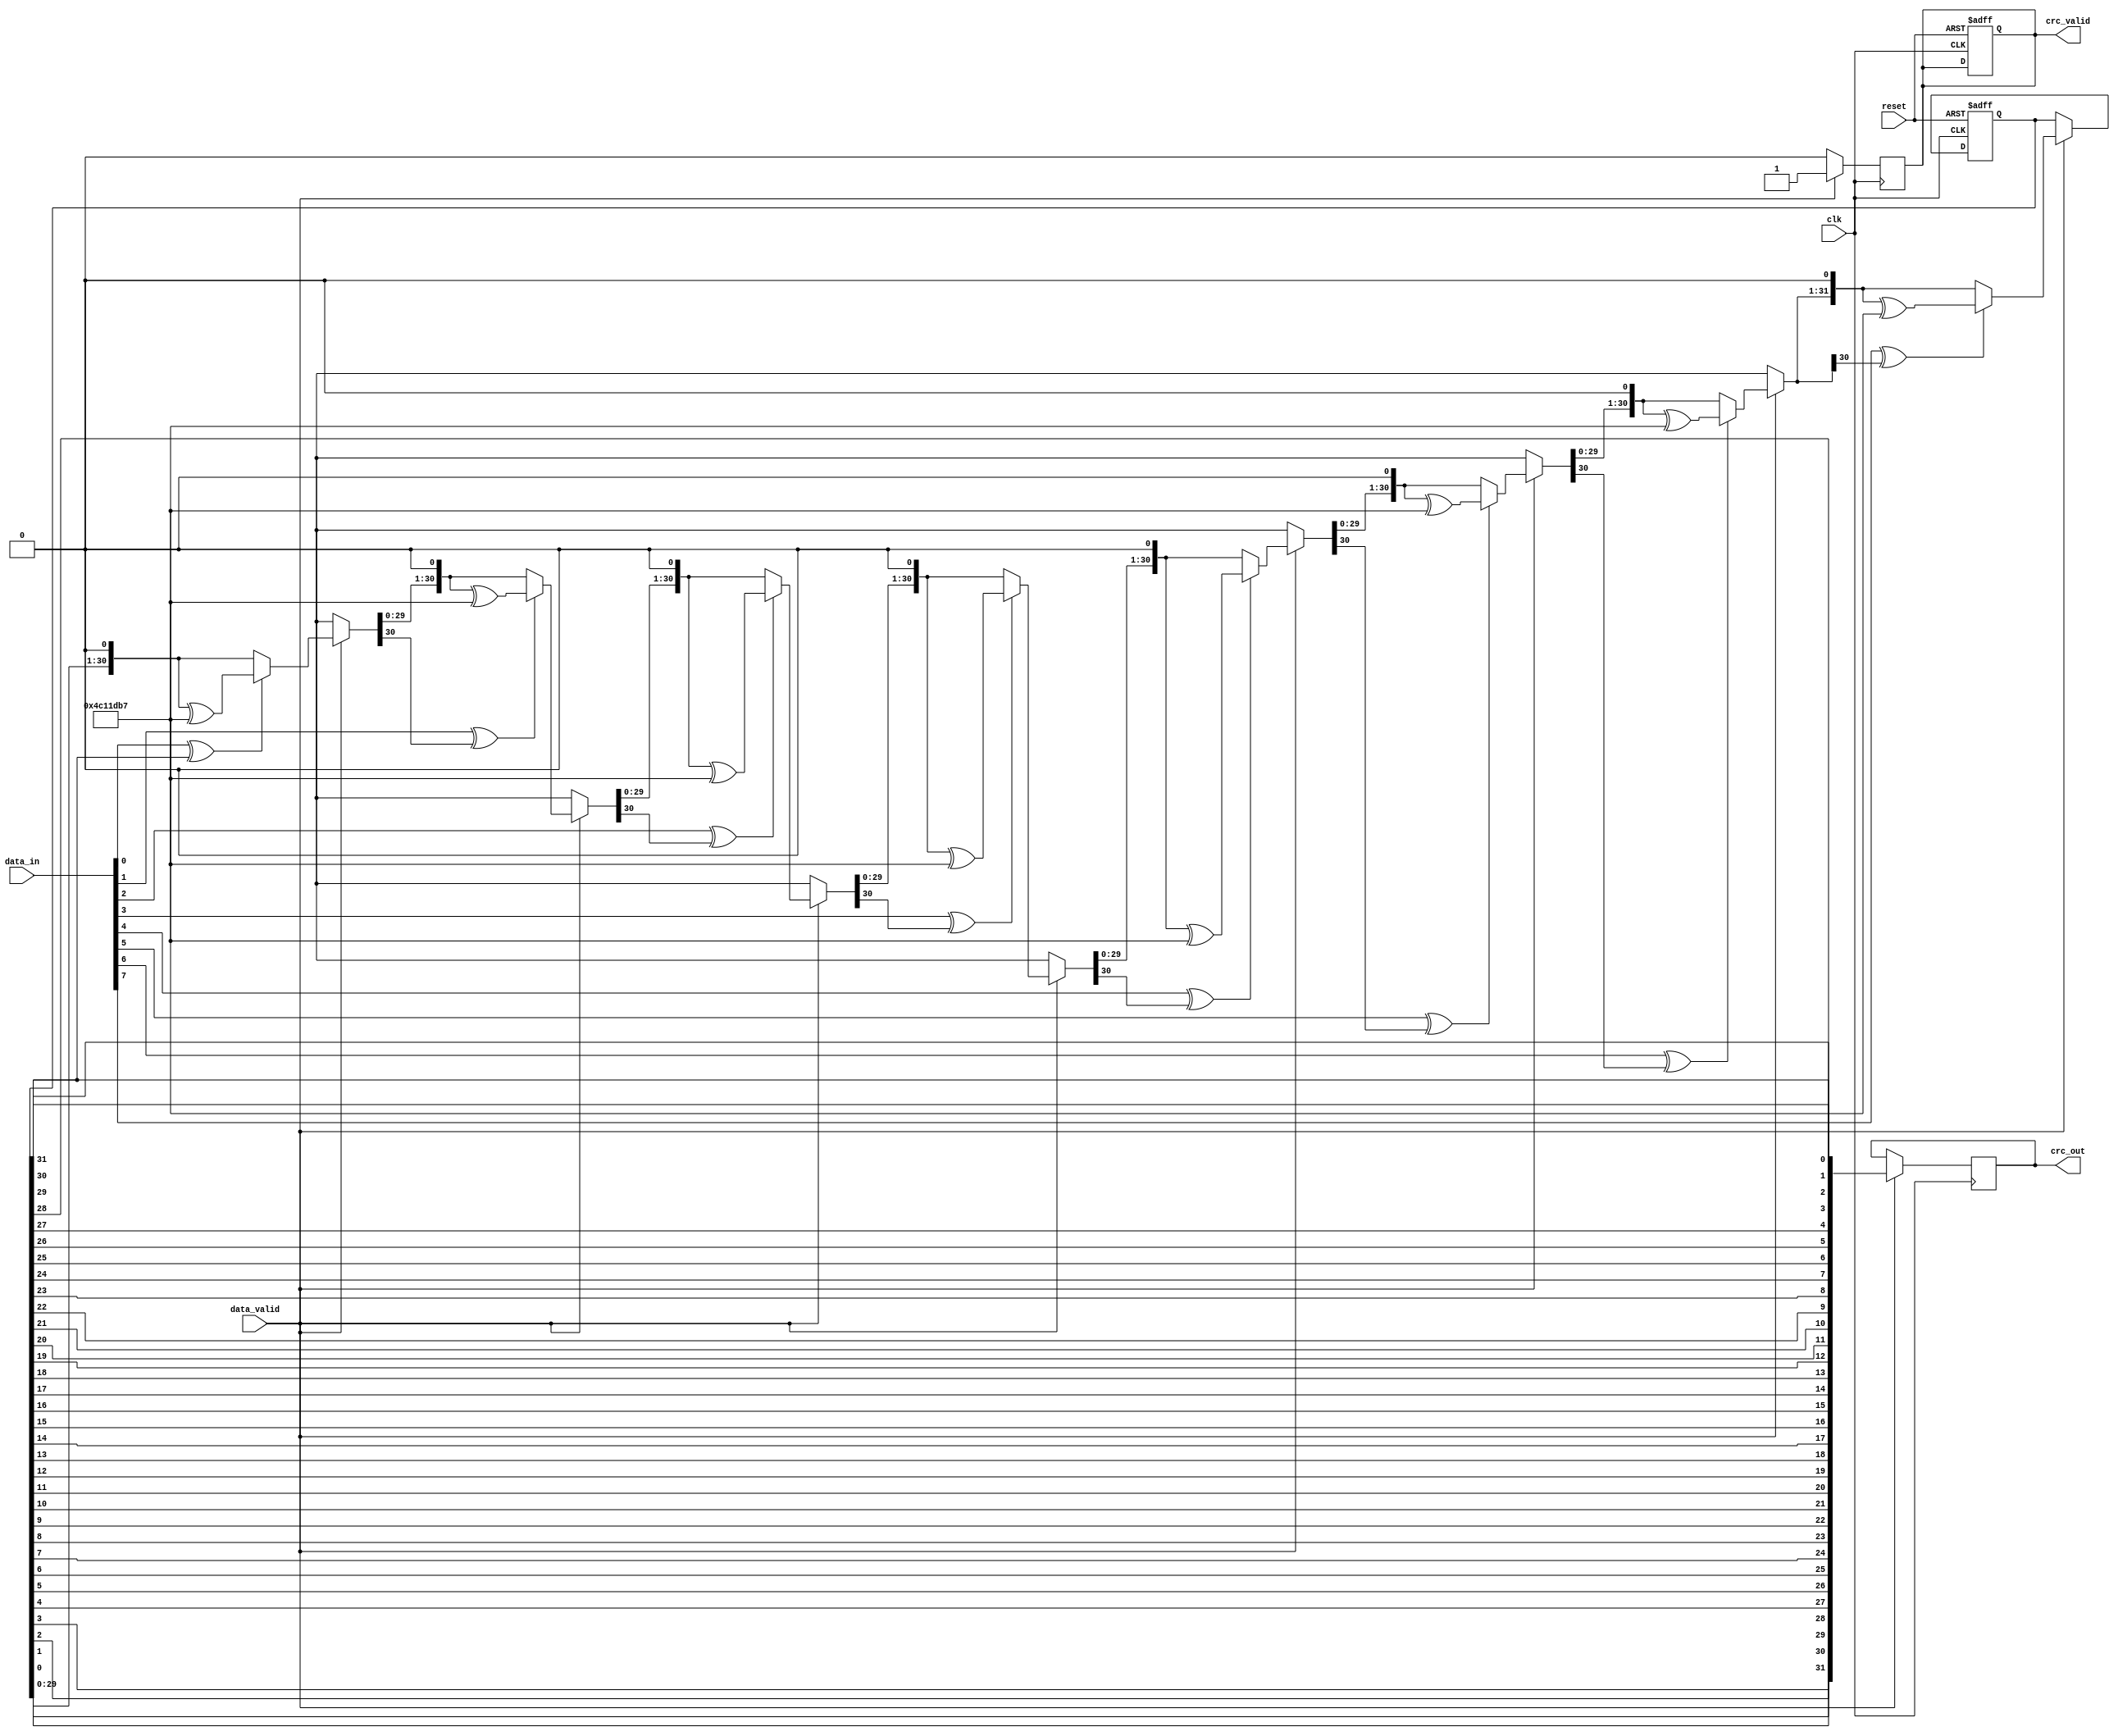
module parameterized_crc #(
    parameter CRC_WIDTH = 32,             // Width of the CRC
    parameter POLYNOMIAL = 32'h04C11DB7,  // Polynomial for CRC calculation
    parameter INITIAL_VALUE = 32'hFFFFFFFF,// Initial CRC value
    parameter REFLECT_INPUT = 1,           // Reflect input data
    parameter REFLECT_OUTPUT = 1           // Reflect output CRC
)(
    input wire clk,                        // Clock signal
    input wire reset,                      // Asynchronous reset
    input wire [7:0] data_in,             // Input data stream (8 bits)
    input wire data_valid,                 // Data valid signal
    output reg [CRC_WIDTH-1:0] crc_out,   // Computed CRC value
    output reg crc_valid                   // CRC valid signal
);

    reg [CRC_WIDTH-1:0] crc_reg;          // Current CRC value
    reg [7:0] data_buffer;                 // Buffer to hold input data
    integer bit_counter;                   // Bit counter
    reg [7:0] temp_data;                   // Temporary data for reflection

    // Reflect function for input data
    function [7:0] reflect_input;
        input [7:0] data;
        integer i;
        begin
            reflect_input = 0;
            for (i = 0; i < 8; i = i + 1) begin
                reflect_input[i] = data[7 - i];
            end
        end
    endfunction

    // Reflect function for output CRC
    function [CRC_WIDTH-1:0] reflect_output;
        input [CRC_WIDTH-1:0] crc;
        integer i;
        begin
            reflect_output = 0;
            for (i = 0; i < CRC_WIDTH; i = i + 1) begin
                reflect_output[i] = crc[CRC_WIDTH - 1 - i];
            end
        end
    endfunction

    // CRC computation process
    always @(posedge clk or posedge reset) begin
        if (reset) begin
            crc_reg <= INITIAL_VALUE;
            crc_valid <= 0;
            bit_counter <= 0;
        end else if (data_valid) begin
            // Reflect input data if needed
            temp_data = REFLECT_INPUT ? reflect_input(data_in) : data_in;

            // Process each bit of the input data
            for (bit_counter = 0; bit_counter < 8; bit_counter = bit_counter + 1) begin
                crc_reg = crc_reg << 1; // Shift CRC register
                if ((temp_data[7 - bit_counter] ^ crc_reg[CRC_WIDTH-1]) == 1) begin
                    crc_reg = crc_reg ^ POLYNOMIAL; // XOR with polynomial
                end
            end
        end
    end

    // Output generation
    always @(posedge clk) begin
        if (data_valid) begin
            crc_out <= REFLECT_OUTPUT ? reflect_output(crc_reg) : crc_reg;
            crc_valid <= 1;
        end else begin
            crc_valid <= 0;
        end
    end

endmodule